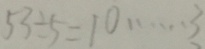
5 3 \div 5 = 1 0 \cdots 3